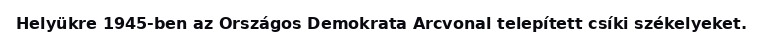
Helyükre 1945-ben az Országos Demokrata Arcvonal telepített csíki székelyeket.